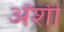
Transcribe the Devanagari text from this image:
अॅशी